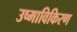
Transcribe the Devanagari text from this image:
उष्माविकिरण